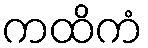
ကထိကံ